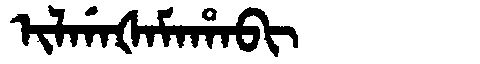
Manchu: ᡳᠯᡤᠠᡧᠠᠮᠠᡥᠠᠪᡳ
Romanization: ILGAŠAMAHABI